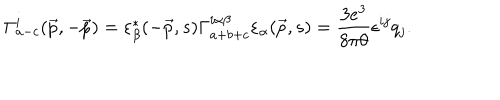
LaTeX: \Gamma _ { a - c } ^ { i } ( \vec { p } , - \vec { p } ) = \varepsilon _ { \beta } ^ { * } ( - \vec { p } , s ) \Gamma _ { a + b + c } ^ { i \alpha \beta } \varepsilon _ { \alpha } ( \vec { p } , s ) = \frac { 3 e ^ { 3 } } { 8 \pi \theta } \epsilon ^ { i j } q _ { j } .